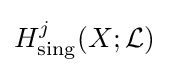
H_{\mathrm {sing} }^{j}(X;{\mathcal {L}})